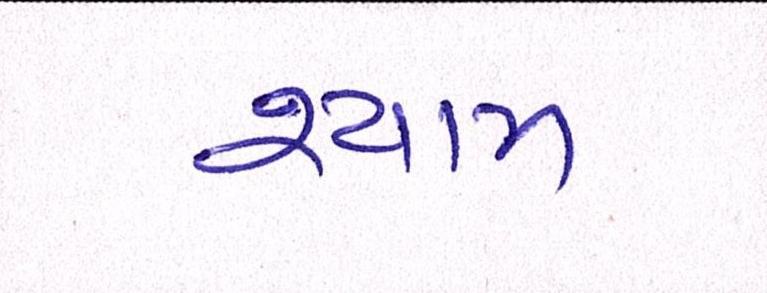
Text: શ્યામ